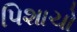
પિશાચો